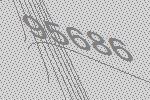
95686